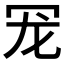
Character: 𮰄